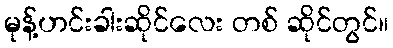
မုန့်ဟင်းခါးဆိုင်လေး တစ် ဆိုင်တွင်။